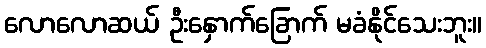
လောလောဆယ် ဦးနှောက်ခြောက် မခံနိုင်သေးဘူး။